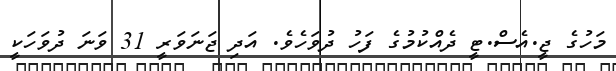
މަހުގެ ޖީ.އެސް.ޓީ ދެއްކުމުގެ ފަހު ދުވަހެވެ. އަދި ޖަނަވަރީ 31 ވަނަ ދުވަހަކީ